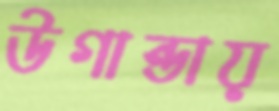
উগান্ডায়